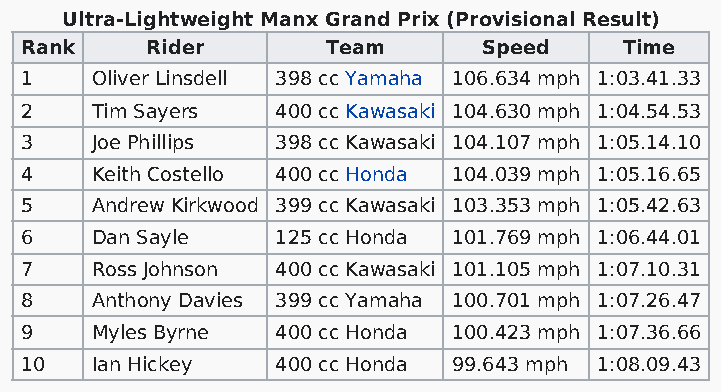
Ultra-Lightweight Manx Grand Prix (Provisional Result)
 Rank     Rider       Team      Speed    Time
 1    Oliver Linsdell 398 cc Yamaha 106.634 mph 1:03.41.33
 2    Tim Sayers  400 cc Kawasaki 104.630 mph 1:04.54.53
 3    Joe Phillips 398 cc Kawasaki 104.107 mph 1:05.14.10
 4    Keith Costello 400 cc Honda 104.039 mph 1:05.16.65
 5    Andrew Kirkwood 399 cc Kawasaki 103.353 mph 1:05.42.63
 6    Dan Sayle   125 cc Honda 101.769 mph 1:06.44.01
 7    Ross Johnson 400 cc Kawasaki 101.105 mph 1:07.10.31
 8    Anthony Davies 399 cc Yamaha 100.701 mph 1:07.26.47
 9    Myles Byrne 400 cc Honda 100.423 mph 1:07.36.66
 10   Ian Hickey  400 cc Honda 99.643 mph 1:08.09.43